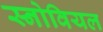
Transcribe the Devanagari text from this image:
स्नोवियल